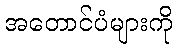
အတောင်ပံများကို